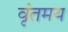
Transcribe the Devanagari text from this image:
वृंतमय